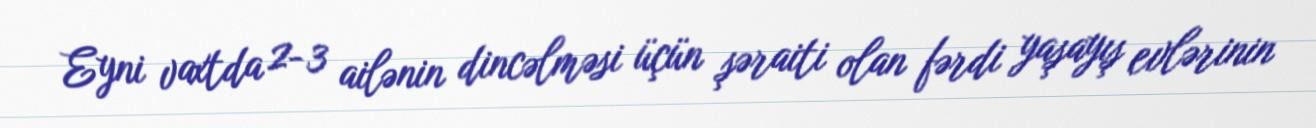
Eyni vaxtda 2-3 ailənin dincəlməsi üçün şəraiti olan fərdi yaşayış evlərinin